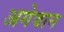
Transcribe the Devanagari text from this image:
अगेवान